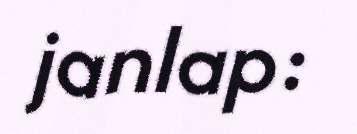
janlap: